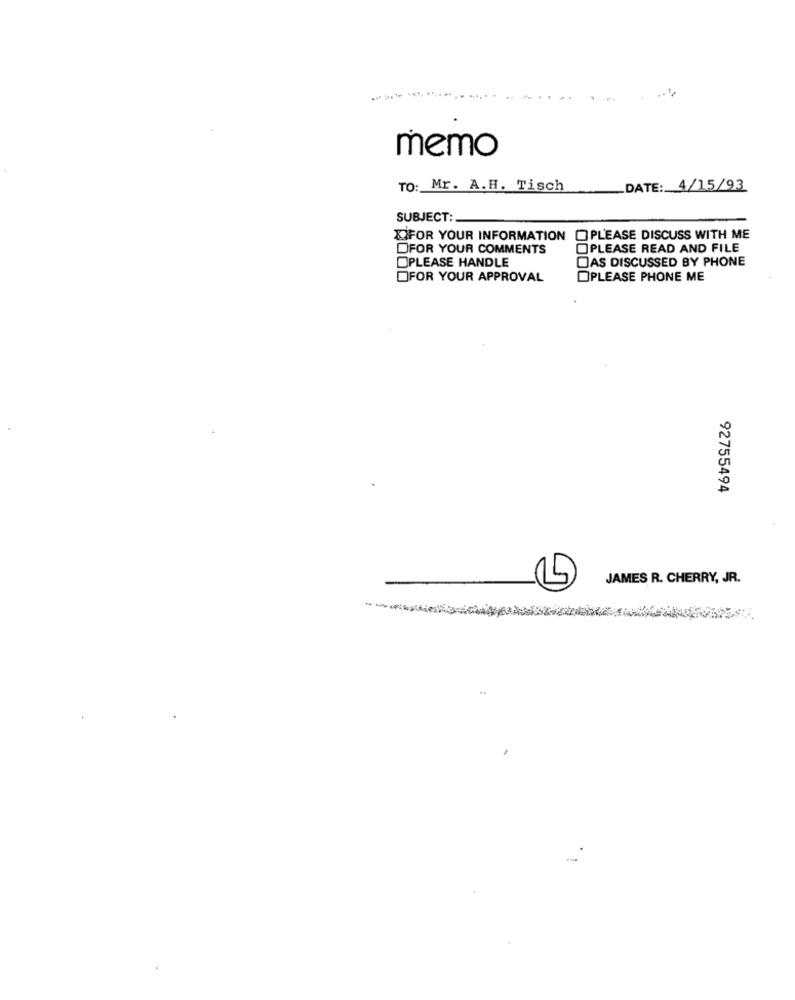
memo
TO: Mr. A.H. Tisch
DATE: 4/15/93
SUBJECT:
DIFOR YOUR INFORMATION
OPLEASE DISCUSS WITH ME
DFOR YOUR COMMENTS
PLEASE READ AND FILE
DAS DISCUSSED BY PHONE
OPLEASE HANDLE
OFOR YOUR APPROVAL
OPLEASE PHONE ME
92755494
JAMES R. CHERRY, JR.